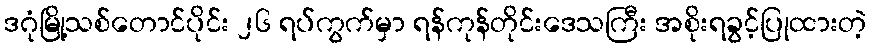
ဒဂုံမြို့သစ်တောင်ပိုင်း ၂၆ ရပ်ကွက်မှာ ရန်ကုန်တိုင်းဒေသကြီး အစိုးရခွင့်ပြုထားတဲ့